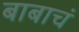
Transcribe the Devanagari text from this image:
बाबाचं